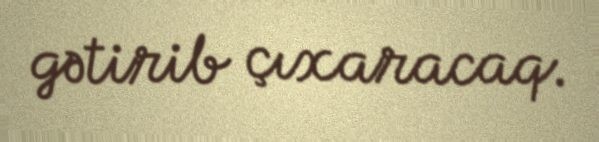
gətirib çıxaracaq.